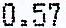
0.57